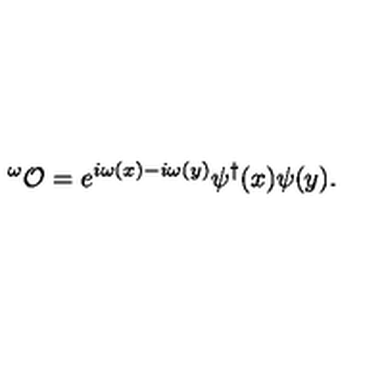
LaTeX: ^ \omega { \cal O } = e ^ { i \omega ( x ) - i \omega ( y ) } \psi ^ { \dagger } ( x ) \psi ( y ) .